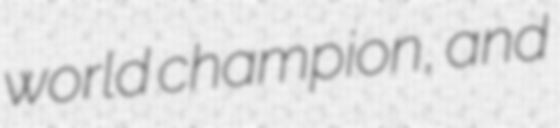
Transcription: world champion, and